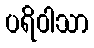
ပရိဝါသာ